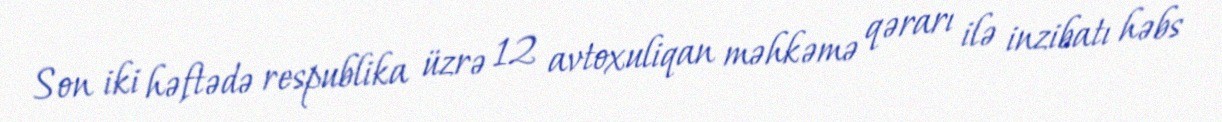
Son iki həftədə respublika üzrə 12 avtoxuliqan məhkəmə qərarı ilə inzibatı həbs